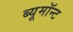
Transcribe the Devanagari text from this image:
ब्यूमॉन्ट